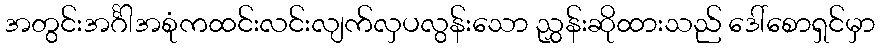
အတွင်းအင်္ဂါအစုံကထင်းလင်းလျက်လှပလွန်းသော ညွှန်းဆိုထားသည် ဒေါ်စောရှင်မှာ